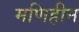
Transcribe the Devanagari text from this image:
मणिहीन